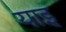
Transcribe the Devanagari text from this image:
याइ